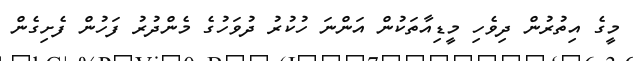
މީގެ އިތުރުން ދިވެހި މީޑިއާތަކުން އަންނަ ހުކުރު ދުވަހުގެ މެންދުރު ފަހުން ފެށިގެން